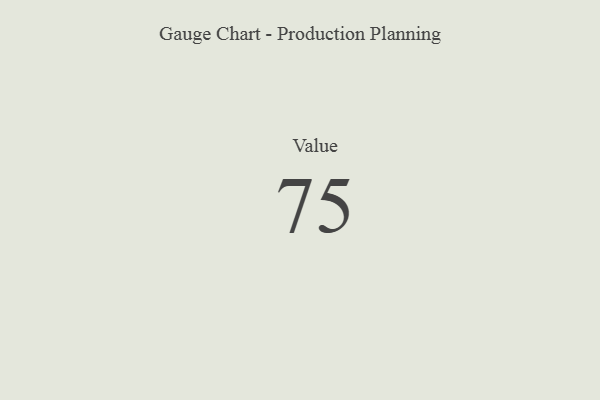
{"axis": {"x": "Metric", "y": "Value"}, "legend": [""], "data": [{"x": "Value", "y": 75, "type": ""}]}